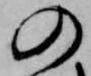
の